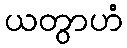
ယတွာဟံ